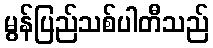
မွန်ပြည်သစ်ပါတီသည်